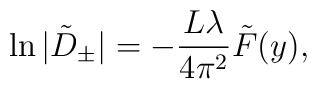
\ln\vert\tilde{D}_{\pm}\vert   =-\frac{L\lambda}{4\pi^2}\tilde{F}(y),